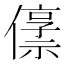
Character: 𫣬